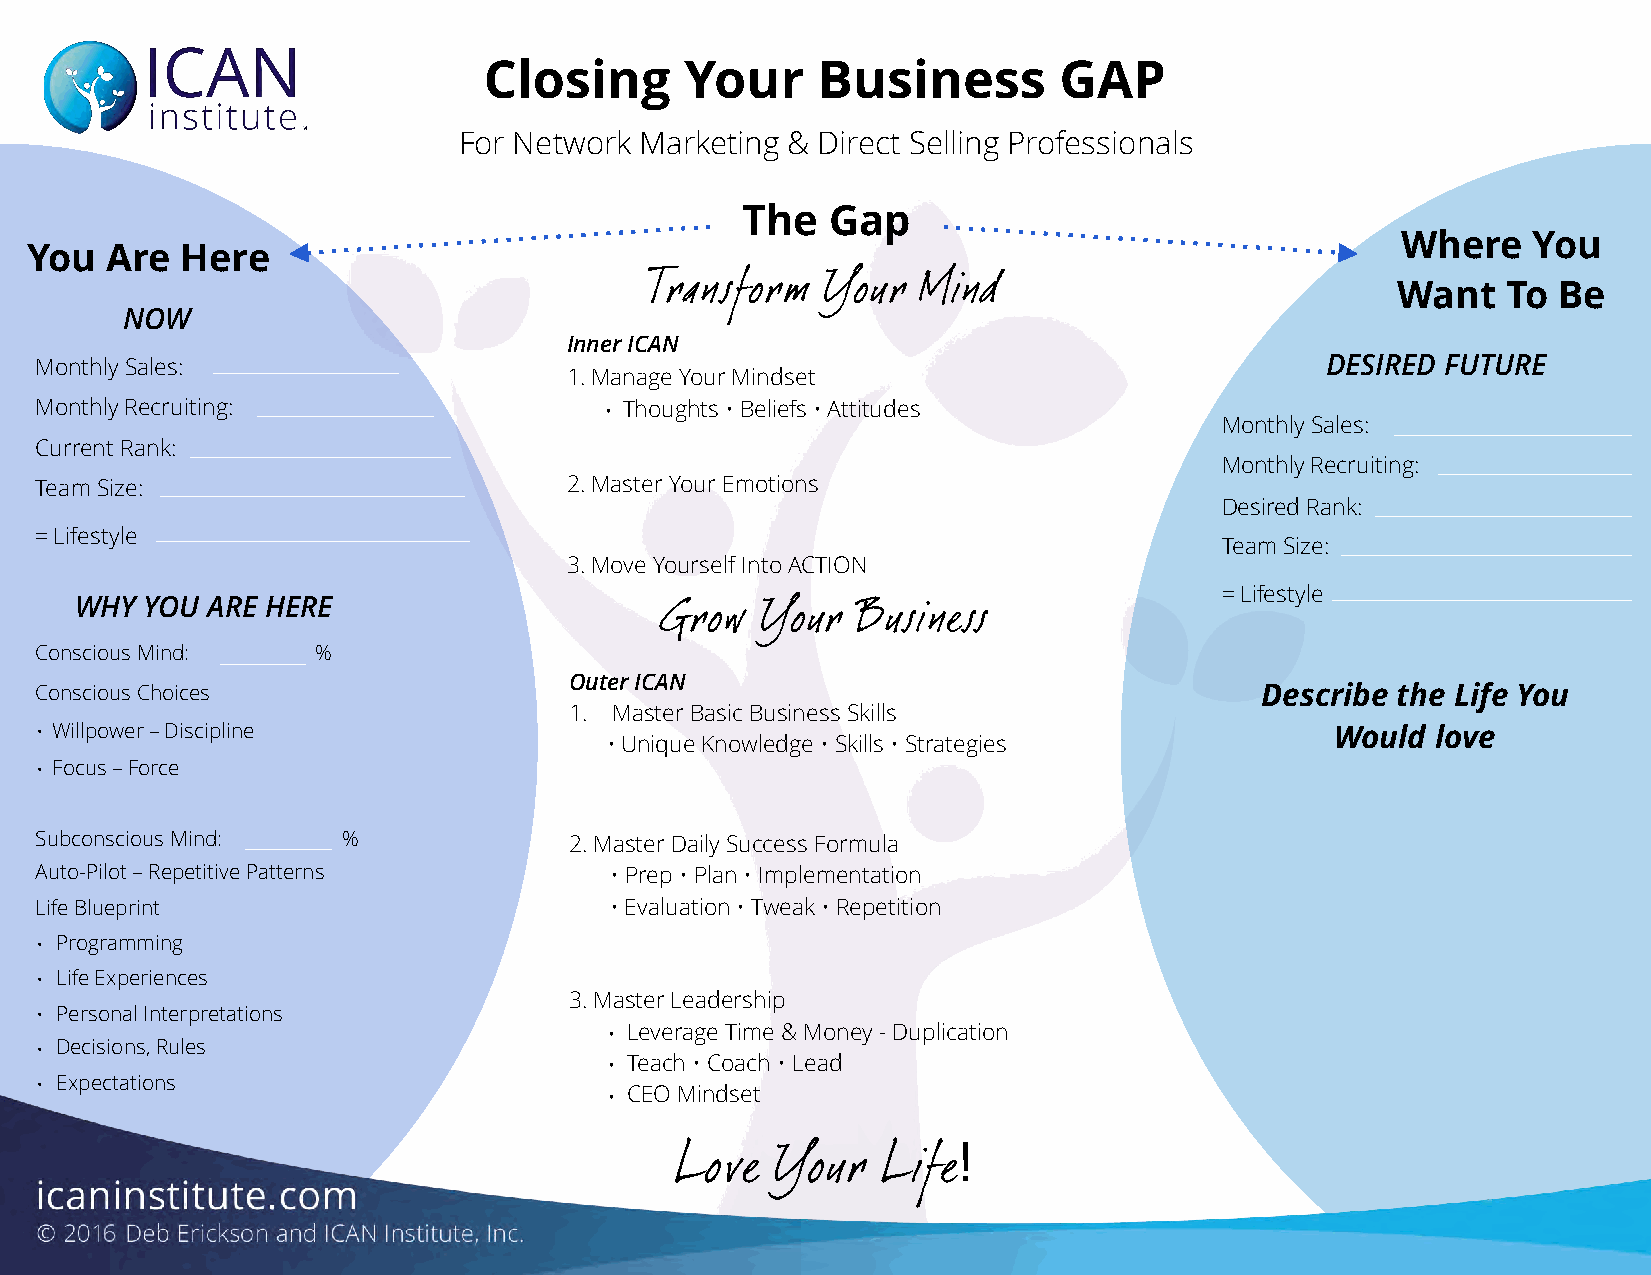
Closing      Your     Business        GAP
 For Network Marketing & Direct Selling Professionals
 The   Gap
 Where   You
 You  Are  Here
 Transform   Your  Mind
 Want    To Be
 NOW
 Inner ICAN
 Monthly Sales:                                                                        DESIRED FUTURE
 1. Manage Your Mindset
 Monthly Recruiting:                   • Thoughts • Beliefs • Attitudes
 Monthly Sales:
 Current Rank:
 Monthly Recruiting:
 Team Size:                          2. Master Your Emotions
 Desired Rank:
 = Lifestyle
 Team Size:
 3. Move Yourself Into ACTION
 = Lifestyle
 WHY  YOU ARE HERE
 Grow  Your   Business
 Conscious Mind:    %
 Outer ICAN
 Conscious Choices                                                                Describe the Life You
 1. Master Basic Business Skills
 • Willpower – Discipline                                                              Would  love
 • Unique Knowledge • Skills • Strategies
 • Focus – Force
 Subconscious Mind:   %              2. Master Daily Success Formula
 Auto-Pilot – Repetitive Patterns      • Prep • Plan • Implementation
 Life Blueprint                        • Evaluation • Tweak • Repetition
 • Programming
 • Life Experiences
 3. Master Leadership
 • Personal Interpretations
 • Leverage Time & Money - Duplication
 • Decisions, Rules
 • Teach • Coach • Lead
 • Expectations
 • CEO Mindset
 !
 Love  Your   Life